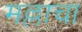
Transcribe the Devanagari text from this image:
मल्लाचा